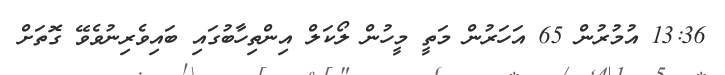
13:36 އުމުރުން 65 އަހަރުން މަތީ މީހުން ލޯކަލް އިންތިހާބުގައި ބައިވެރިނުވެވޭ ގޮތަށް